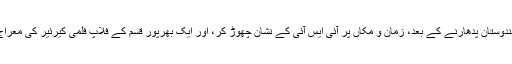
معاملہ کچھ یوں ہے کہ وینا جی ہم سب کو امید سے کر کے، ہندوستان پدھارنے کے بعد، زمان و مکاں پر آئی ایس آئی کے نشان چھوڑ کر، اور ایک بھرپور قسم کے فلاپ فلمی کیرئیر کی معراج پا لینے کے بعد گوشہ نشینی کی زندگی اختیار کر چکی تھیں۔